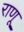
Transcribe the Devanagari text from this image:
राणू